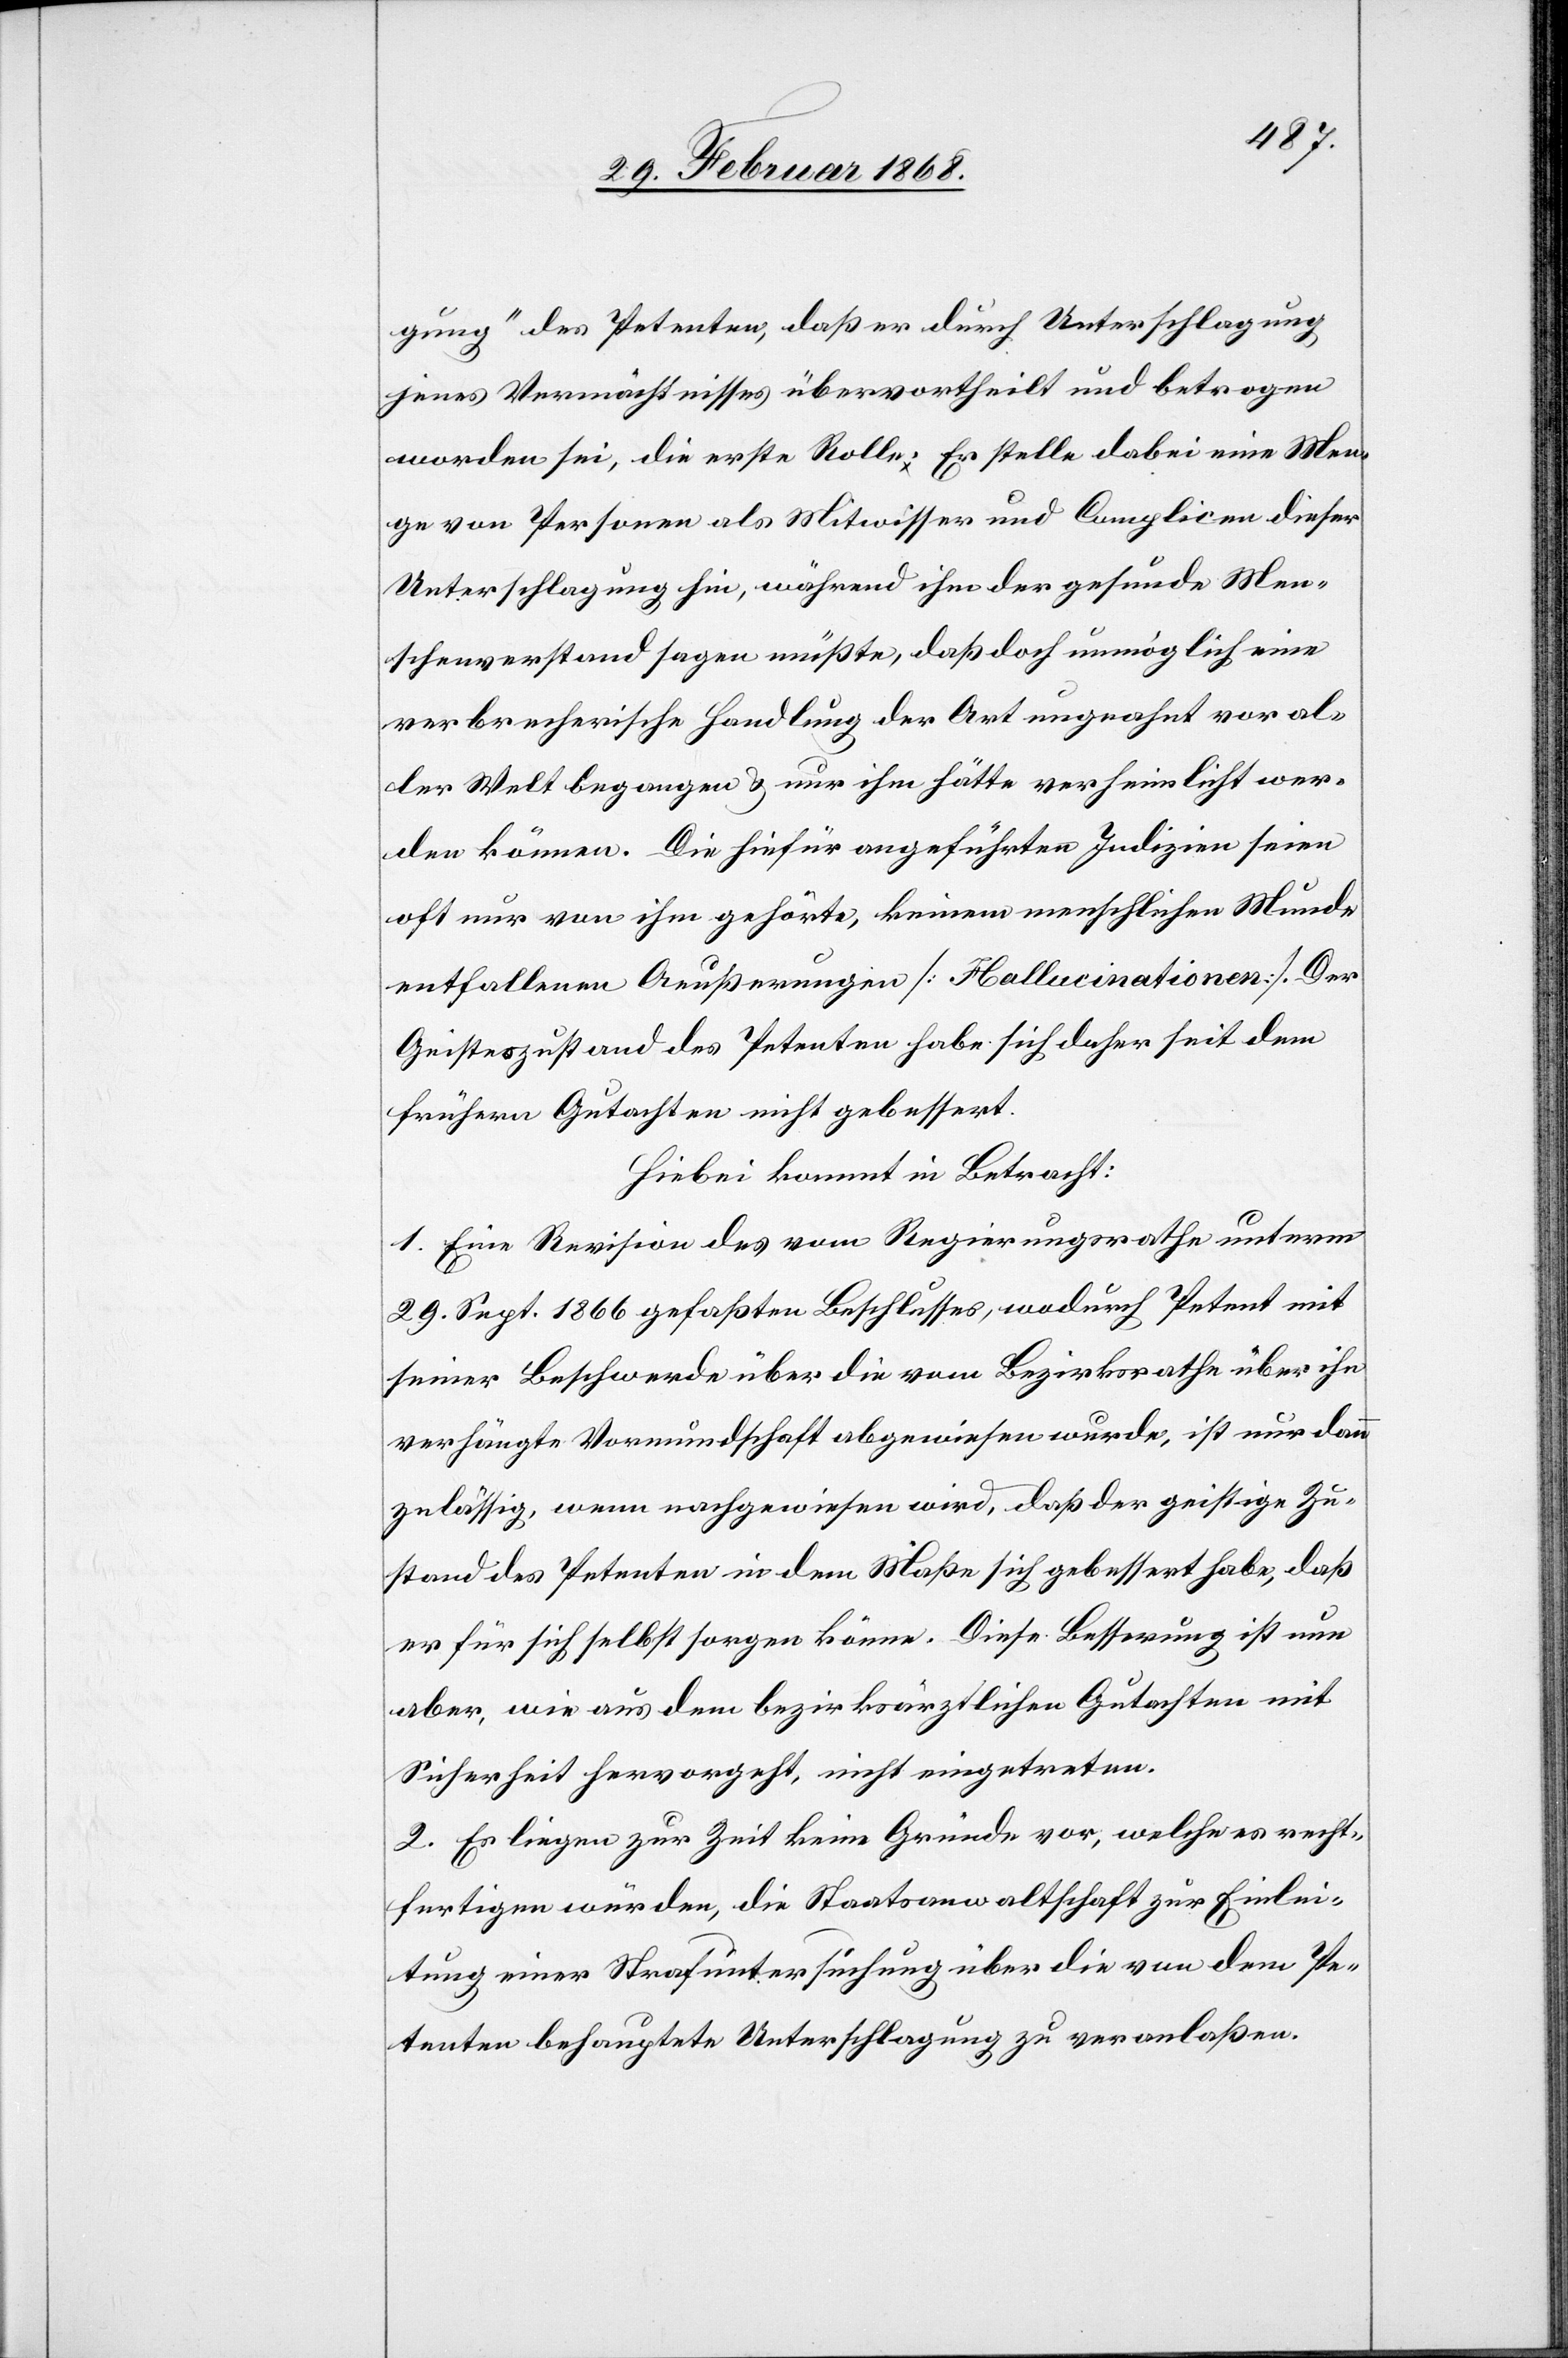
gung“ des Petenten, daß er durch Unterschlagung
jenes Vermächtnisses übervortheilt und betrogen
worden sei, die erste Rolle. Er stelle dabei eine Men¬
ge von Personen als Mitwisser und Complicen dieser
Unterschlagung hin, während ihm der gesunde Men¬
schenverstand sagen müßte, daß doch unmöglich eine
verbrecherische Handlung der Art ungeahnt vor al¬
ler Welt begangen & nur ihm hätte verheimlicht wer¬
den können. Die hiefür angeführten Indizien seien
oft nur von ihm gehörte, keinem menschlichen Munde
entfallenen Aeußerungen [Hallucinationen]. Der
Geisteszustand des Petenten habe sich daher seit dem
frühern Gutachten nicht gebessert.
Hiebei kommt in Betracht:
1. Eine Revision des vom Regierungsrathe unterm
29. Sept. 1866 gefaßten Beschlusses, wodurch Petent mit
seiner Beschwerde über die vom Bezirksrathe über ihn
verhängte Vormundschaft abgewiesen wurde, ist nur dann
zulässig, wenn nachgewiesen wird, daß der geistige Zu¬
stand des Petenten in dem Maße sich gebessert habe, daß
er für sich selbst sorgen könne. Diese Besserung ist nun
aber, wie aus dem bezirksärztlichen Gutachten mit
Sicherheit hervorgeht, nicht eingetreten.
2. Es liegen zur Zeit keine Gründe vor, welche es recht¬
fertigen würden, die Staatsanwaltschaft zur Einlei¬
tung einer Strafuntersuchung über die von dem Pe¬
tenten behauptete Unterschlagung zu veranlaßen.